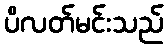
ပိလတ်မင်းသည်